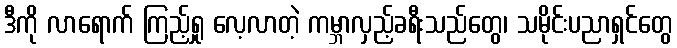
ဒီကို လာရောက် ကြည့်ရှု လေ့လာတဲ့ ကမ္ဘာလှည့်ခရီးသည်တွေ၊ သမိုင်းပညာရှင်တွေ